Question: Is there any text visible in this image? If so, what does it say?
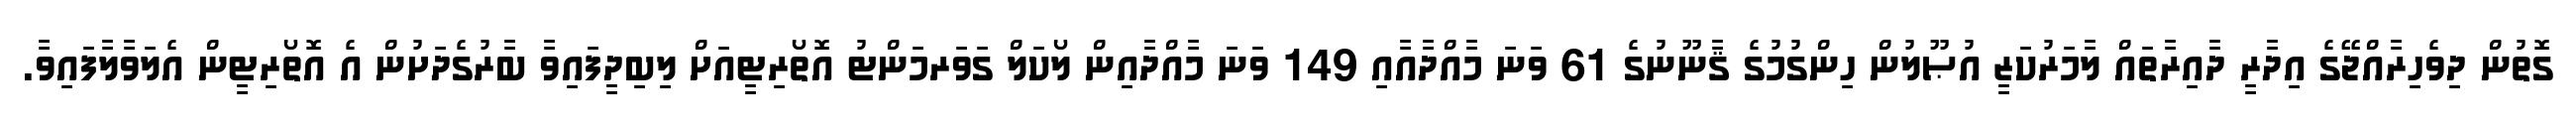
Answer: ގޮތުން ދިވެހިރާއްޖޭގެ އިދާރީ ދާއިރާތައް ލާމަރުކަޒީ އުޞޫލުން ހިންގުމުގެ ޤާނޫނުގެ 61 ވަނަ މާއްދާއާއި 149 ވަނަ މާއްދާއިން ލޯކަލް ގަވަރމަންޓު އޮތޯރިޓީއަށް ލިބިދީފައިވާ ބާރުގެދަށުން އެ އޮތޯރިޓީން އެލަވާލާފައިވާ.